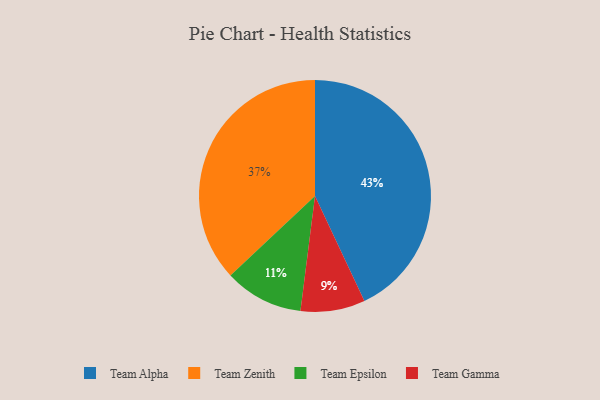
{"axis": {"x": "Category", "y": "Percentage"}, "legend": ["Team Alpha", "Team Epsilon", "Team Gamma", "Team Zenith"], "data": [{"x": "Team Zenith", "y": 37, "type": "Team Zenith"}, {"x": "Team Gamma", "y": 9, "type": "Team Gamma"}, {"x": "Team Alpha", "y": 43, "type": "Team Alpha"}, {"x": "Team Epsilon", "y": 11, "type": "Team Epsilon"}]}